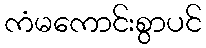
ကံမကောင်းစွာပင်